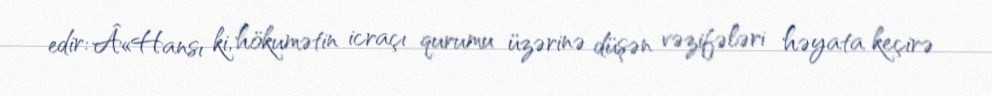
edir: Â«Hansı ki, hökumətin icraçı qurumu üzərinə düşən vəzifələri həyata keçirə